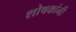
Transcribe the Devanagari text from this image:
शोषकांनी